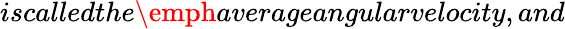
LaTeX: iscalledthe\emph{averageangularvelocity},and